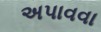
અપાવવા